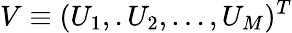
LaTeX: V\equiv(U_{1},.U_{2},...,U_{M})^{T}